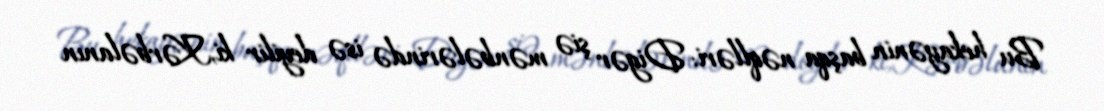
Bu hekayənin başqa nəqlləri: Digər şiə mənbələrində isə deyilir ki,Kərbəlanın